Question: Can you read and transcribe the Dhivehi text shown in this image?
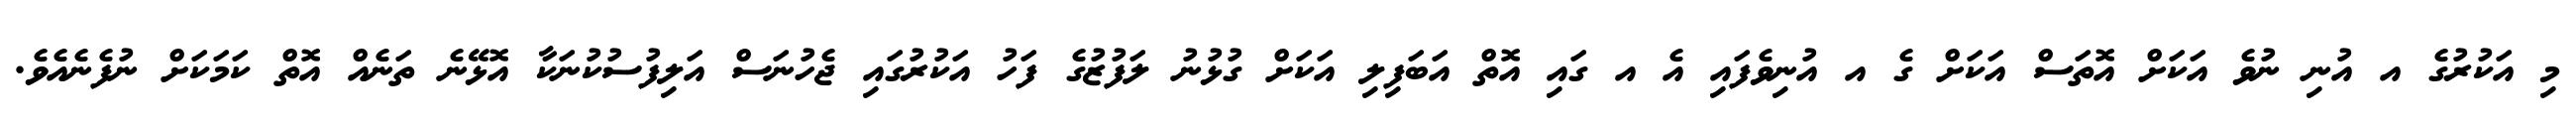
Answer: މި އަކުރުގެ އ އުނި ނުވެ އަކަށް އޮތަސް އަކަށް ގެ އ އުނިވެފައި އެ އ ގައި އޮތް އަބަފިލި އަކަށް ގުޅުނު ލަފުޒުގެ ފަހު އަކުރުގައި ޖެހުނަސް އަލިފުސުކުނަކާ އޮޅޭނެ ތަނެއް އޮތް ކަމަކަށް ނުފެނެއެވެ.